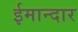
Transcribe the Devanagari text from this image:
ईमान्दार